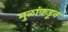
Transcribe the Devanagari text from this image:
मुळांकडून